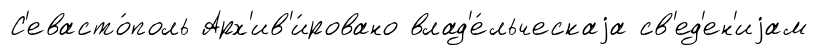
С'евасто́поль Арх'ив'и́ровано влад'е́льческаjа св'ед'ен'иjам